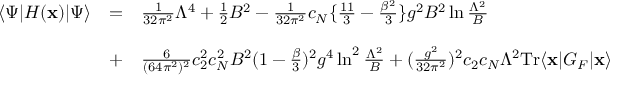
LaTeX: \begin{array} { l l l } { { \langle \Psi | { \cal H } ( { \bf x } ) | \Psi \rangle } } & { { = } } & { { \frac { 1 } { 3 2 \pi ^ { 2 } } \Lambda ^ { 4 } + \frac { 1 } { 2 } B ^ { 2 } - \frac { 1 } { 3 2 \pi ^ { 2 } } c _ { N } \{ \frac { 1 1 } { 3 } - \frac { \beta ^ { 2 } } { 3 } \} g ^ { 2 } B ^ { 2 } \ln \frac { \Lambda ^ { 2 } } { B } } } \\ { { } } & { { } } & { { } } \\ { { } } & { { + } } & { { \frac { 6 } { ( 6 4 \pi ^ { 2 } ) ^ { 2 } } c _ { 2 } ^ { 2 } c _ { N } ^ { 2 } B ^ { 2 } ( 1 - \frac { \beta } { 3 } ) ^ { 2 } g ^ { 4 } \ln ^ { 2 } \frac { \Lambda ^ { 2 } } { B } + ( \frac { g ^ { 2 } } { 3 2 \pi ^ { 2 } } ) ^ { 2 } c _ { 2 } c _ { N } \Lambda ^ { 2 } \mathrm { T r } \langle { \bf x } | G _ { F } | { \bf x } \rangle , } } \end{array}